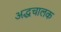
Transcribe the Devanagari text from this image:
अद्धचालक